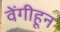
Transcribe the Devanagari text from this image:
वेंगीहून